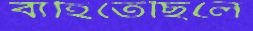
বাহিতেছিলে